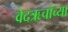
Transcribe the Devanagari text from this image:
वेदऋचांच्या